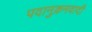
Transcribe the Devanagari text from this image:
पदानुक्रमवादी